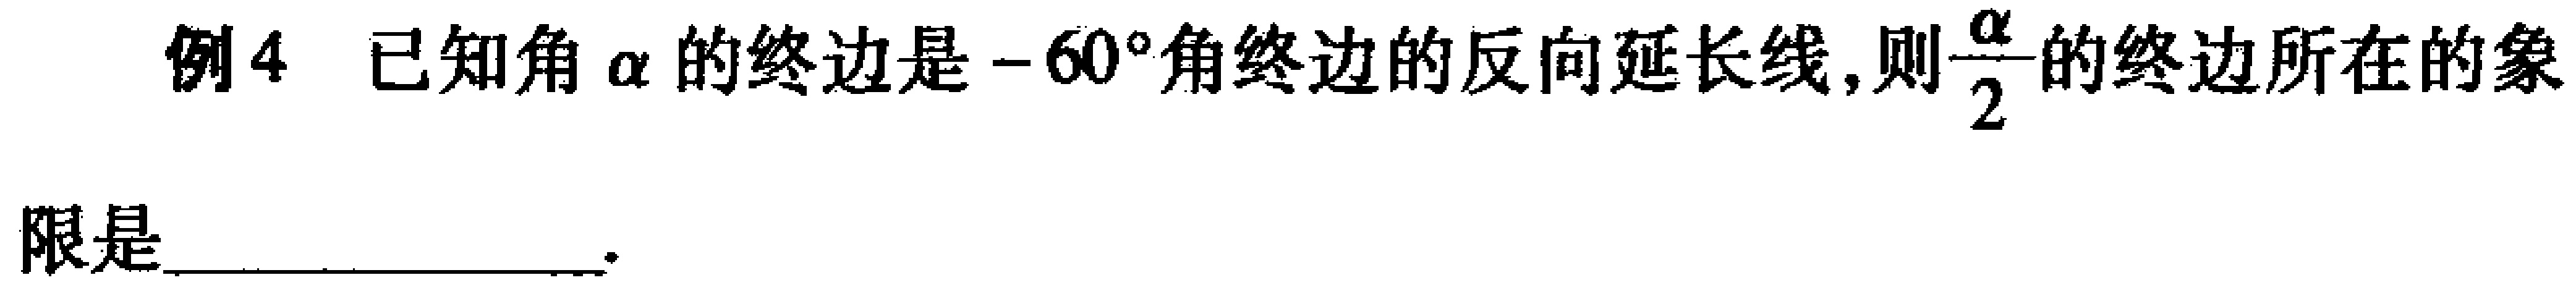
例4 已知角\(\alpha\)的终边是\(-60^{\circ}\)角终边的反向延长线, 则\(\frac{\alpha}{2}\)的终边所在的象限是  .